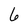
Character: 6